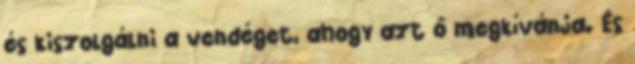
és kiszolgálni a vendéget, ahogy azt ô megkívánja. És